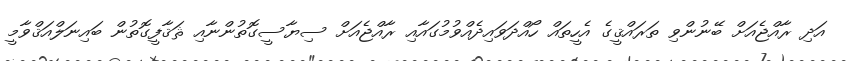
އަދި ރާއްޖެއަށް ބޭނުންވި ތަރައްޤީގެ އެހީތައް ހޯއްދަވައިދެއްވުމުގައާއި ރާއްޖެއަށް ސިޔާސީގޮތުންނާއި ޘަޤާފީގޮތުން ބައިނަލްއަޤްވާމީ